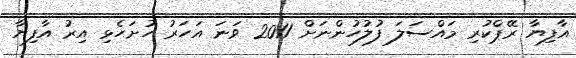
އާފިޔާ ރޭޕްކުރި މައްސަލަ ފުލުހުންނަށް 2011 ވަނަ އަހަރު ހުށަހެޅި އިރު އާފިޔާ